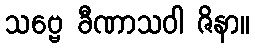
သဗ္ဗေ ခီဏာသဝါ ဇိနာ။